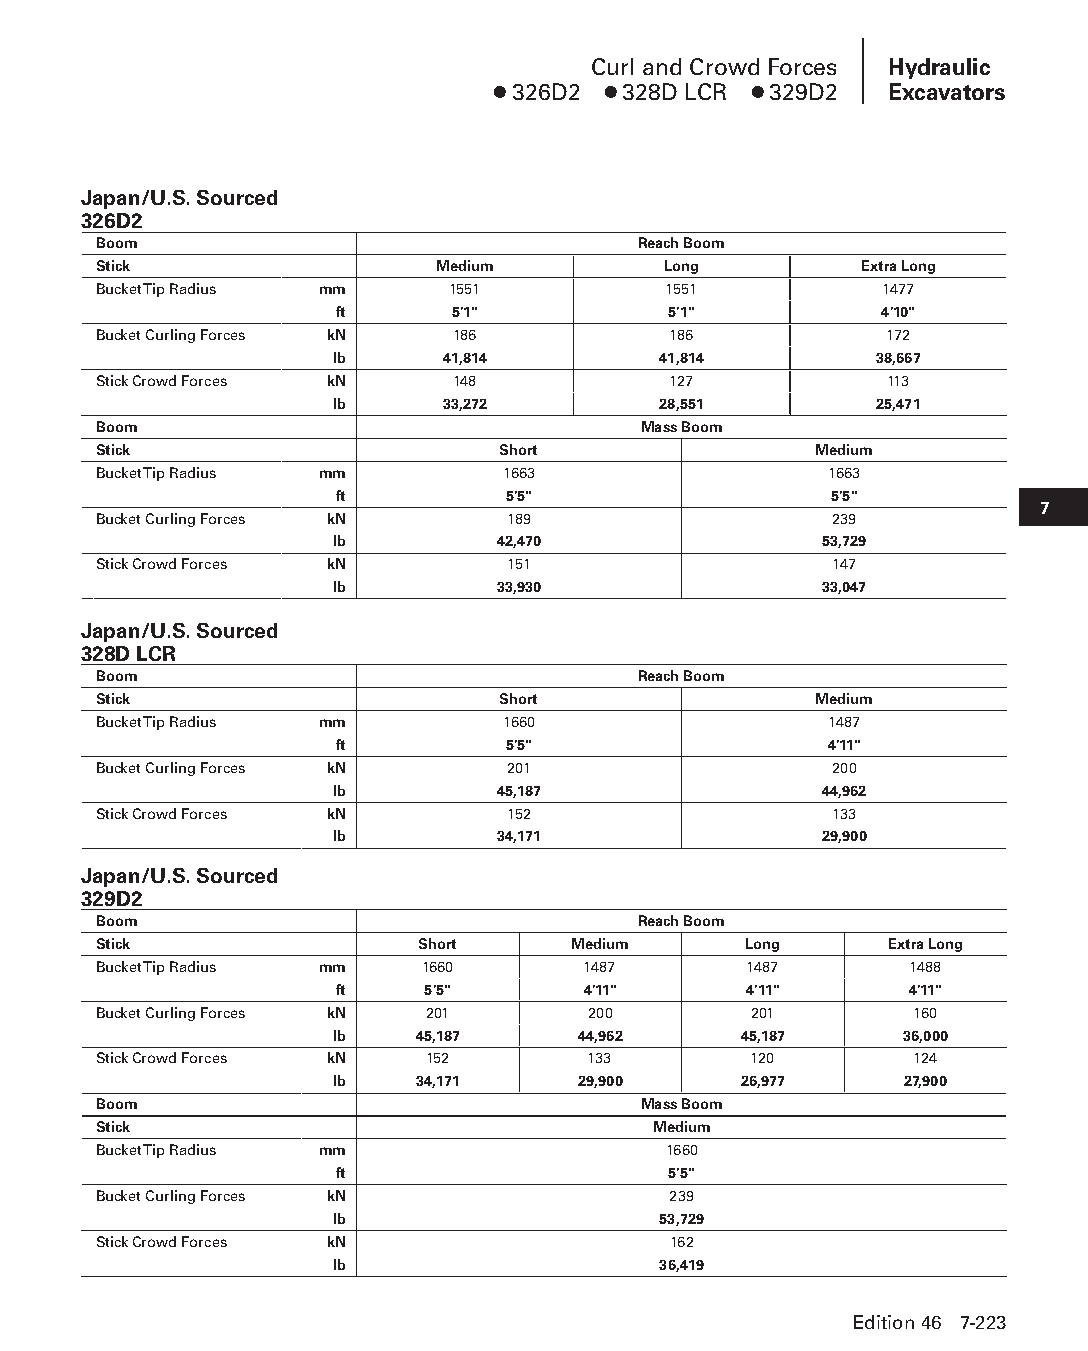
Curl and Crowd Forces Hydraulic
 ● 326D2 ● 328D LCR ● 329D2 Excavators
 Japan/U.S. Sourced
 326D2
 Boom                                Reach Boom
 Stick                 Medium         Long         Extra Long
 Bucket Tip Radius mm   1551          1551           1477
 ft     5'1"           5'1"          4'10"
 Bucket Curling Forces kN 186          186           172
 lb      41,814        41,814        38,667
 Stick Crowd Forces kN  148            127           113
 lb      33,272        28,551        25,471
 Boom                                Mass Boom
 Stick                     Short                Medium
 Bucket Tip Radius mm       1663                 1663
 ft         5'5"                 5'5"
 7
 Bucket Curling Forces kN   189                  239
 lb         42,470                53,729
 Stick Crowd Forces kN      151                  147
 lb         33,930                33,047
 Japan/U.S. Sourced
 328D LCR
 Boom                                Reach Boom
 Stick                     Short                Medium
 Bucket Tip Radius mm       1660                 1487
 ft         5'5"                 4'11"
 Bucket Curling Forces kN   201                  200
 lb         45,187                44,962
 Stick Crowd Forces kN      152                  133
 lb         34,171                29,900
 Japan/U.S. Sourced
 329D2
 Boom                                Reach Boom
 Stick                Short     Medium      Long     Extra Long
 Bucket Tip Radius mm 1660       1487       1487       1488
 ft   5'5"       4'11"      4'11"      4'11"
 Bucket Curling Forces kN 201    200        201        160
 lb    45,187     44,962    45,187     36,000
 Stick Crowd Forces kN 152       133        120        124
 lb    34,171     29,900    26,977     27,900
 Boom                                Mass Boom
 Stick                                Medium
 Bucket Tip Radius mm                 1660
 ft                    5'5"
 Bucket Curling Forces kN              239
 lb                    53,729
 Stick Crowd Forces kN                 162
 lb                    36,419
 Edition 46 7-223
 PPHHBB--SSeecc0077--HHyyddrraauulliiccEExxccaavvaattoorrss((ppgg114411--224422))..iinndddd 222233 1122//44//1155 1100::3366 AAMM